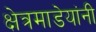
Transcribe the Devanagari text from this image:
क्षेत्रमाडेयांनी